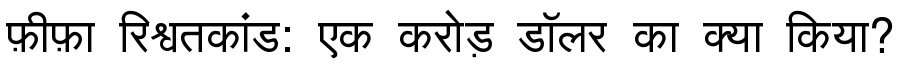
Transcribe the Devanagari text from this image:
फ़ीफ़ा रिश्वतकांड: एक करोड़ डॉलर का क्या किया?